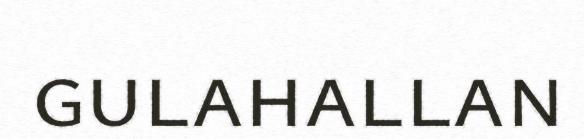
gulahallan